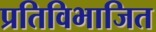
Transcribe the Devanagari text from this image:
प्रतिविभाजित